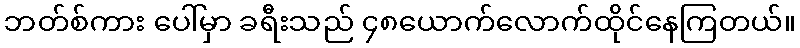
ဘတ်စ်ကား ပေါ်မှာ ခရီးသည် ၄၈ယောက်လောက်ထိုင်နေကြတယ်။